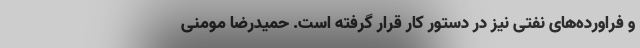
و فراورده‌های نفتی نیز در دستور کار قرار گرفته است. حمیدرضا مومنی